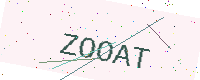
Text: ZOOAT